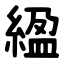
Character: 䋼